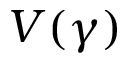
V ( \gamma )